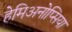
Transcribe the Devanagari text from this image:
हेमिअनोप्सिया